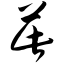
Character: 茈